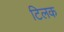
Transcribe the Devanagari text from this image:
टिलक